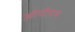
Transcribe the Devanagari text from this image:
ओपीयम